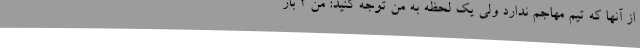
از آنها که تیم مهاجم ندارد ولی یک لحظه به من توجه کنید: من 2 بار